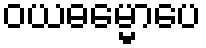
ဝယဓမ္မောပေ